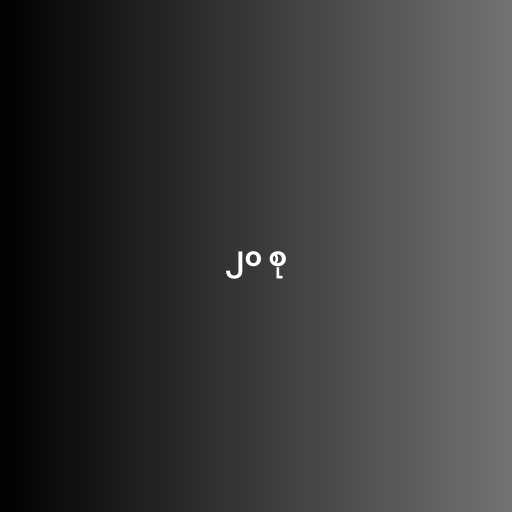
၂၀ စု